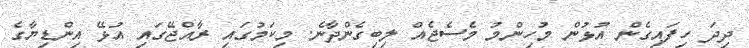
ދިދަ ހިފައިގެން އުޅުން މުހިންމު މެސެޖެއް ލިބިގެންދާނެ. މިކަމުގައި ރާއްޖޭގައި އުޅޭ އިންޑިޔާގެ